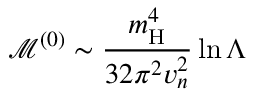
\mathcal { M } ^ { ( 0 ) } \sim \frac { m _ { \mathrm { H } } ^ { 4 } } { 3 2 \pi ^ { 2 } v _ { n } ^ { 2 } } \ln \Lambda